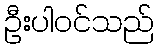
ဦးပါဝင်သည်